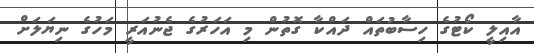
އާއިލީ ކޯޓުގެ ހިސާބުތައް ދައްކާ ގޮތުން މި އަހަރުގެ ޖެނުއަރީ މަހުގެ ނިޔަލަށް